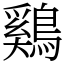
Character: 鷄